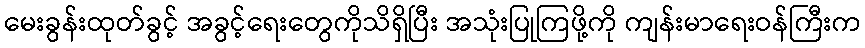
မေးခွန်းထုတ်ခွင့် အခွင့်ရေးတွေကိုသိရှိပြီး အသုံးပြုကြဖို့ကို ကျန်းမာရေးဝန်ကြီးက